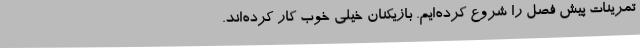
تمرینات پیش فصل را شروع کرده‌ایم. بازیکنان خیلی خوب کار کرده‌اند.